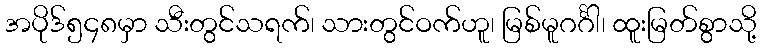
အပိုဒ်၅၄၈မှာ သီးတွင်သရက်၊ သားတွင်ဝက်ဟူ၊ မြစ်မူဂင်္ဂါ၊ ထူးမြတ်စွာသို့